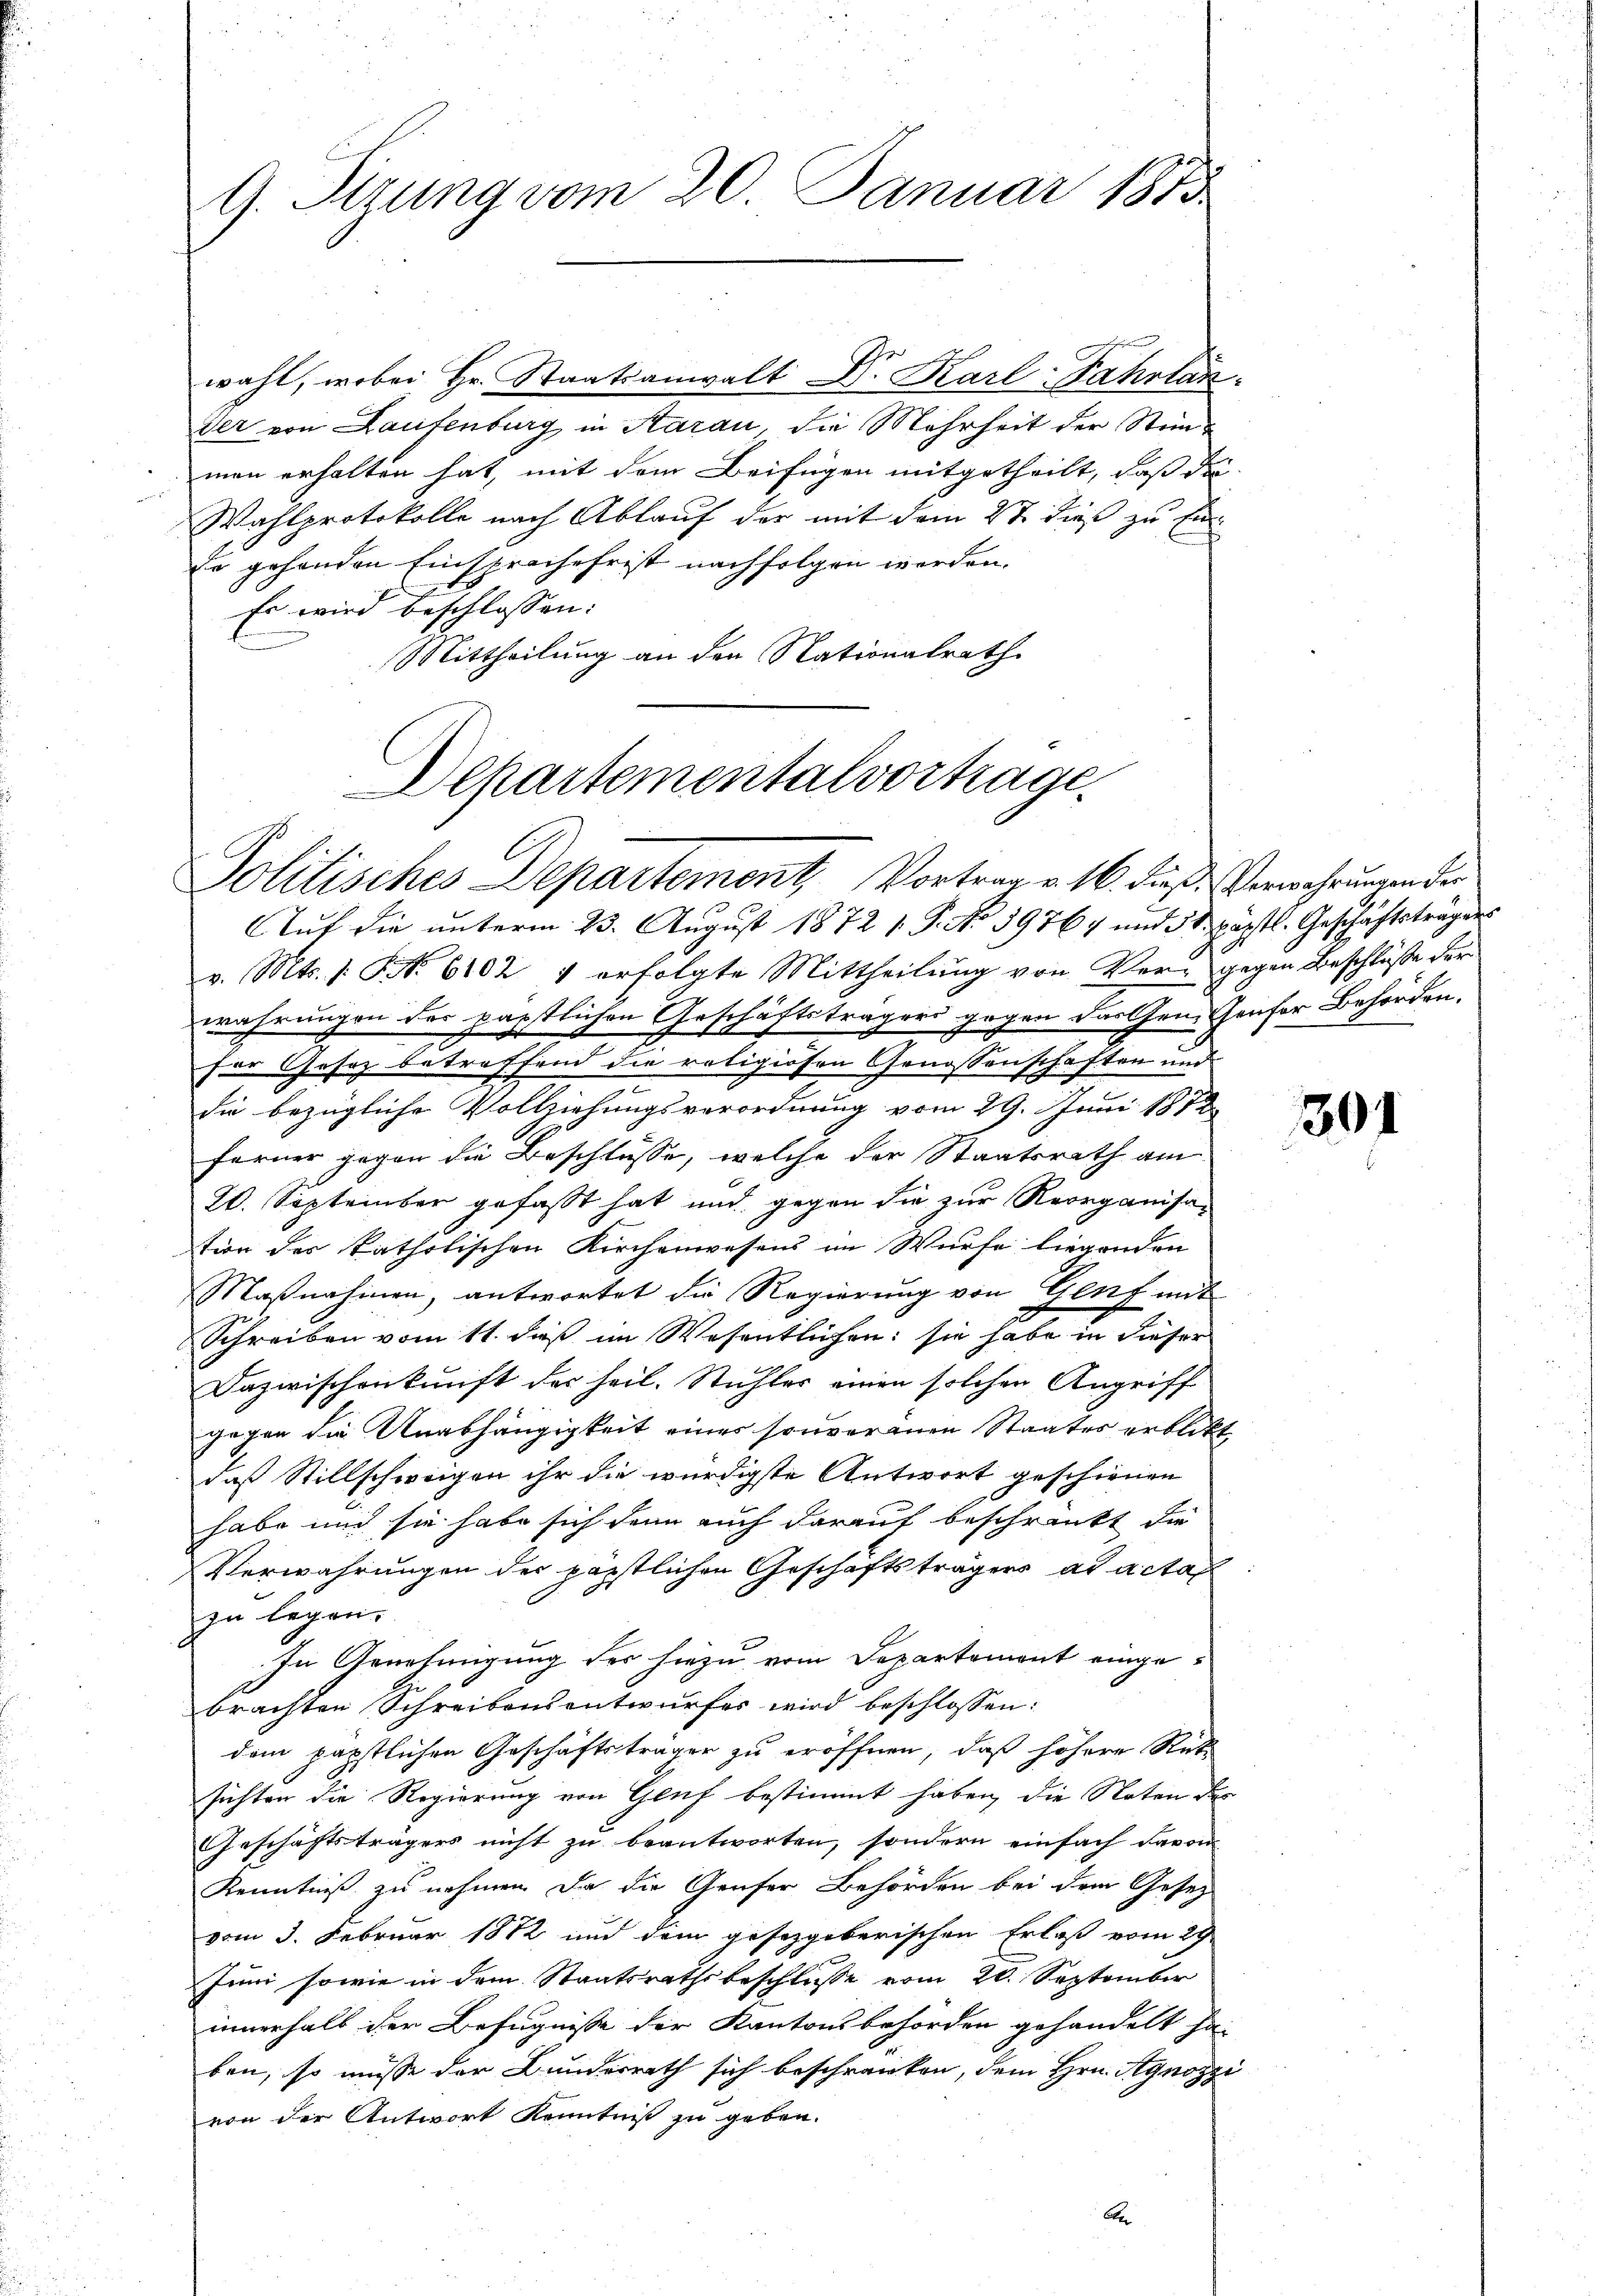
9. Sitzung vom 20. Januar 1873.

hun
wahl, wobei Hr. Staatsanwalt Dr. Karl-Fahrlan
Ver von Laufenburg in Aarau, die Mehrheit der Stimman erhalten hat, mit dem Beifügen mitgetheilt, daß die
Wahlprotokolle nach Ablauf der mit dem 2t dieß zu fin
f
Er gehenden Einsprache frist nachfolgen werden.
Es wird beschlossen:
Mittheilung an den Nationalrath

Departementalvortrage
Politisches Departement, Vortrag v. 16. dieß Verwahrungen der

Auf die unterm 23. August 1872 1. P. No 39764 und St. päpstl. Geschäftstragens
v. Mts. s. S. 6102 1 erfolgte Mittheilung von Ver- gegen Beschlüsse der
wahrungen des päpstlichen Geschäftsträgers gegen das Gen. Genfer Behörden.
für Gesetz betreffend die religiösen Genossenschaften und
die bezügliche Vollziehungsverordnung vom 29. Juni 1873
ferner gegen die Beschlüsse, welche der Staatsrath am
20. September gefaßt hat und gegen die zur Reorganisation der katholischen Kirchenwesens im Wurfe liegenden
Maßnahmen, antwortet die Regierung von Genf mit
Schreiben vom 11. daß im Wesentlichen: sie habe in dieser
Dazwischenkunft der heil. Stühler einen solchen Angriff
gegen die Unabhängigkeit eines souveränen Staates erblickt
daß Stillschweigen ihr die würdigste Antwort geschienen
habe und sie habe sich denn auch darauf beschränkt die
Verwahrungen der päpstlichen Geschäftsträgers ad actan
zu legen.
In Genehmigung der hiezu vom Departement eingebrachten Schreibensentwurfes wird beschlossen:
dem päpstlichen Geschäftsträger zu eröffnen, daß höhere Rück-
sichten die Regierung von Genf bestimmt haben, die Noten des
Geschäftsträgers nicht zu beantworten, sondern einfach davon
Kenntniß zu nehmen. Da die Genfer Behörden bei dem Gesez
vom 3. Februar 1872 und dem gesetzgeberischen Erlaß vom 29
Juni sowie in dem Staatsrathsbeschlusse vom 20. September
innerhalb der Befugnisse der Kantonsbehörden gehandelt ha-
ben, so müsse der Bundesrath sich beschränken, dem Hrn. Agnozzi
von der Antwort Kenntniß zu geben.
Obe

x

301